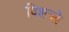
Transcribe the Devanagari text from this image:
दिशओ